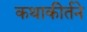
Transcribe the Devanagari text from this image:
कथाकीर्तने